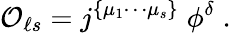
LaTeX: {\cal O}_{\ell s}=j^{\{ \mu_{1}\cdots\mu_{s}\} }\; \phi^{\delta}\; .